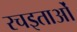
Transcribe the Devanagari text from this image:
रचइताओं